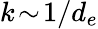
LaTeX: k\! \sim\! 1/d_{e}